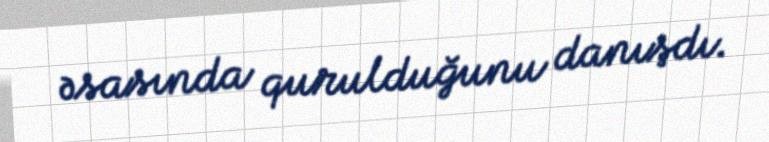
əsasında qurulduğunu danışdı.